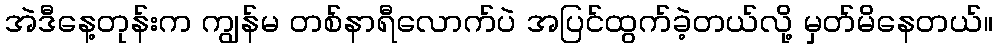
အဲဒီနေ့တုန်းက ကျွန်မ တစ်နာရီလောက်ပဲ အပြင်ထွက်ခဲ့တယ်လို့ မှတ်မိနေတယ်။